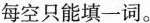
每空只能填一词。